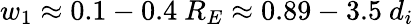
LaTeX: w_{1}\approx 0.1-0.4\ R_{E}\approx 0.89-3.5\ d_{i}